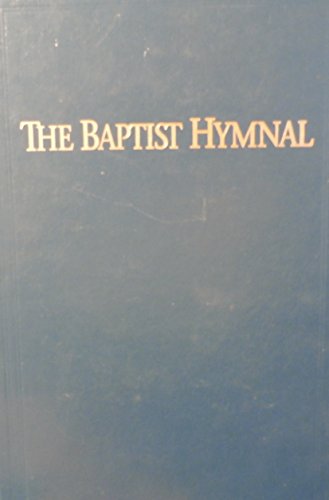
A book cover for The Baptist Hymnal (Prussian Blue); Christian Books & Bibles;